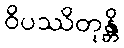
ဝိပဿိတုန္တိ